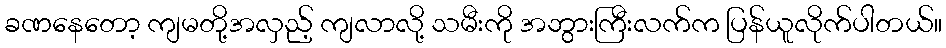
ခဏနေတော့ ကျမတို့အလှည့် ကျလာလို့ သမီးကို အဘွားကြီးလက်က ပြန်ယူလိုက်ပါတယ်။